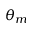
\theta _ { m }